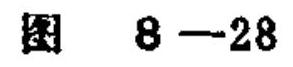
图 8-28